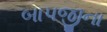
બાપજીના